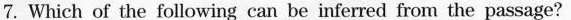
7. Which of the following can be inferred from the passage?